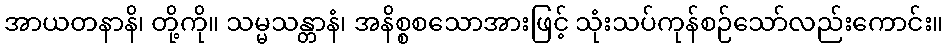
အာယတနာနိ၊ တို့ကို။ သမ္မသန္တာနံ၊ အနိစ္စစသောအားဖြင့် သုံးသပ်ကုန်စဉ်သော်လည်းကောင်း။